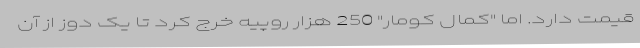
قیمت دارد. اما "کمال کومار" 250 هزار روپیه خرج کرد تا یک دوز از آن